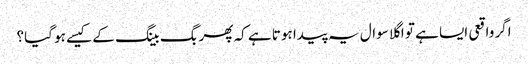
اگر واقعی ایسا ہے تو اگلا سوال یہ پیدا ہوتا ہے کہ پھر بگ بینگ کے کیسے ہو گیا؟